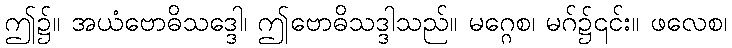
ဤ၌။ အယံဗောဓိသဒ္ဒေါ၊ ဤဗောဓိသဒ္ဒါသည်။ မဂ္ဂေစ၊ မဂ်၌၎င်း။ ဖလေစ၊